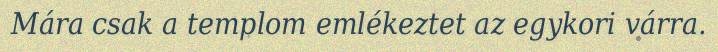
Mára csak a templom emlékeztet az egykori várra.